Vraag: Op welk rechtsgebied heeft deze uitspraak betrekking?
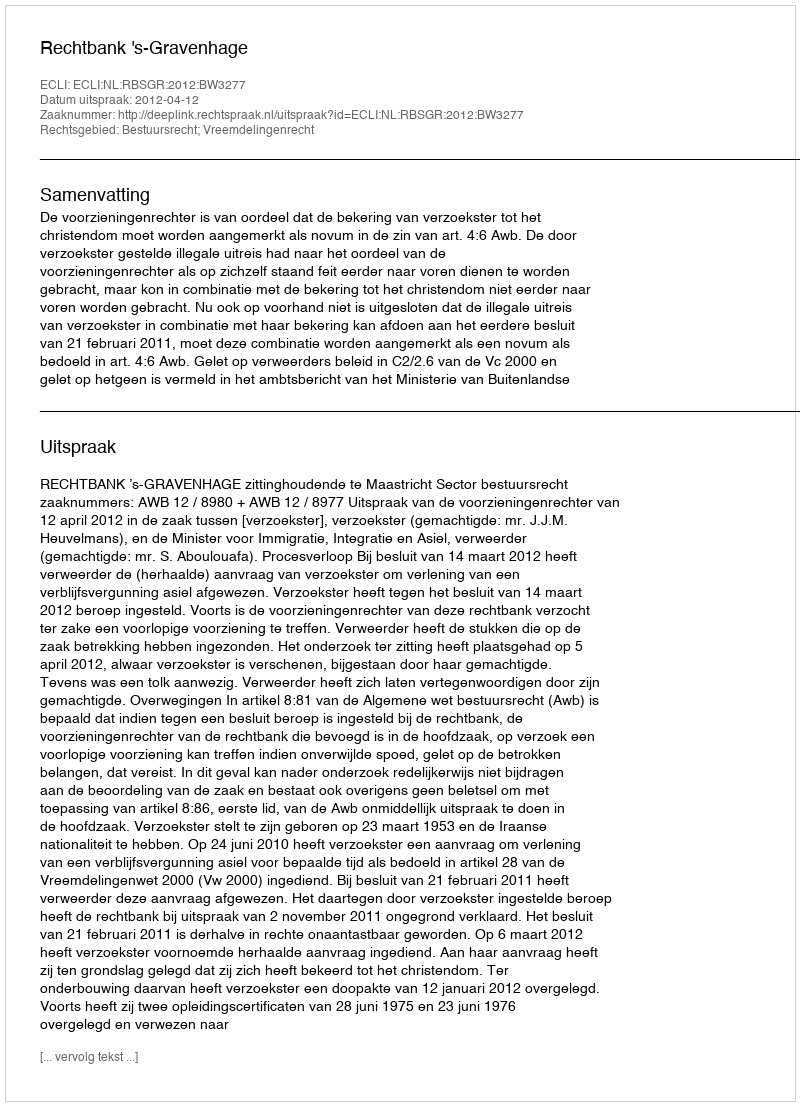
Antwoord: Bestuursrecht; Vreemdelingenrecht